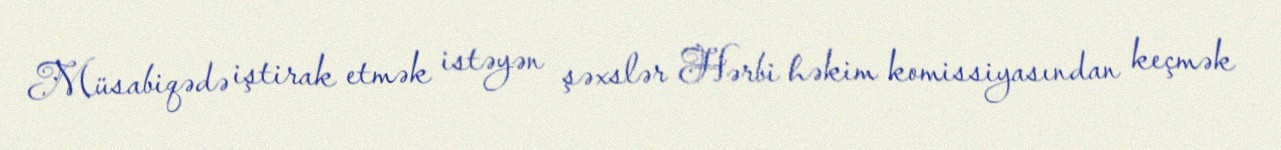
Müsabiqədə iştirak etmək istəyən şəxslər Hərbi həkim komissiyasından keçmək